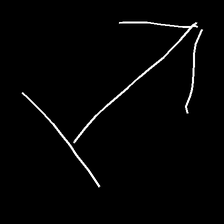
Glyph: levitation